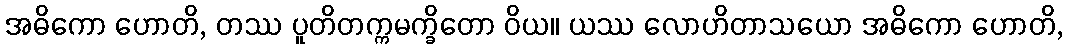
အဓိကော ဟောတိ, တဿ ပူတိတက္ကမက္ခိတော ဝိယ။ ယဿ လောဟိတာသယော အဓိကော ဟောတိ,